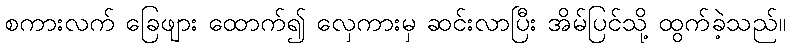
စကားလက် ခြေဖျား ထောက်၍ လှေကားမှ ဆင်းလာပြီး အိမ်ပြင်သို့ ထွက်ခဲ့သည်။